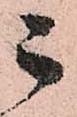
ニ